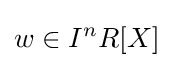
w\in I^{n}R[X]